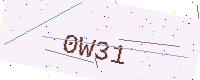
Text: 0W31